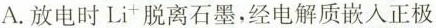
A.放电时Li^{+}脱离石墨，经电解质嵌入正极